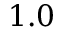
1 . 0